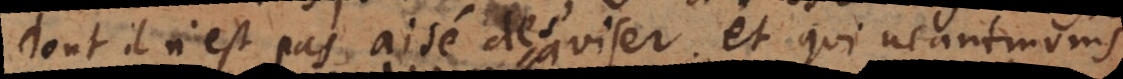
dont il n’est pas aisé de s’aviser; et qui neantmoins